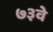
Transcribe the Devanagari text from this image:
७३वे